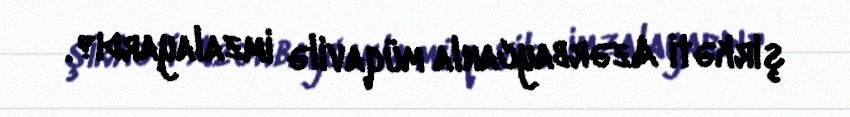
şirkəti Azərbaycanla müqavilə imzalayardı?.